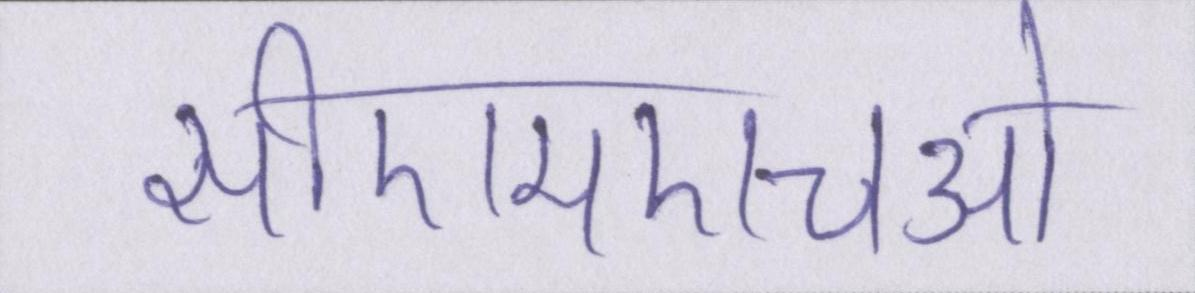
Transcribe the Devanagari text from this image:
सीएमएचओ